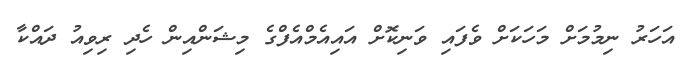
އަހަރު ނިމުމަށް މަހަކަށް ވެފައި ވަނިކޮށް އައިއެމްއެފްގެ މިޝަންއިން ހެދި ރިވިއު ދައްކާ